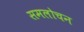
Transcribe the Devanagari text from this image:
समलोचन